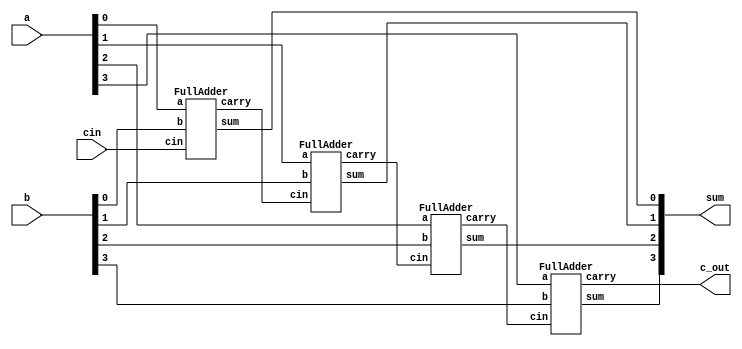
module Hw_4bitFullAdder(sum, c_out, a, b, cin);

	output[3:0] sum;
	output c_out;
	input cin;
	input[3:0] a, b;
	wire c0, c1, c2;
	
	FullAdder full_adder0(sum[0], c0, a[0], b[0], cin);
	FullAdder full_adder1(sum[1], c1, a[1], b[1], c0);
	FullAdder full_adder2(sum[2], c2, a[2], b[2], c1);
	FullAdder full_adder3(sum[3], c_out, a[3], b[3], c2);

	
endmodule

	module FullAdder(sum, carry, a, b, cin);
		input a, b, cin;
		output sum, carry;
		reg sum, carry;
		always @(a or b or cin)
			begin
			{carry, sum} = a + b + cin;
			end
		
endmodule